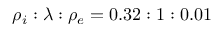
\rho _ { i } : \lambda : \rho _ { e } = 0 . 3 2 : 1 : 0 . 0 1